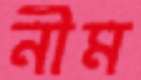
নীম